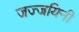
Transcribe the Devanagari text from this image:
जज्जयिनी